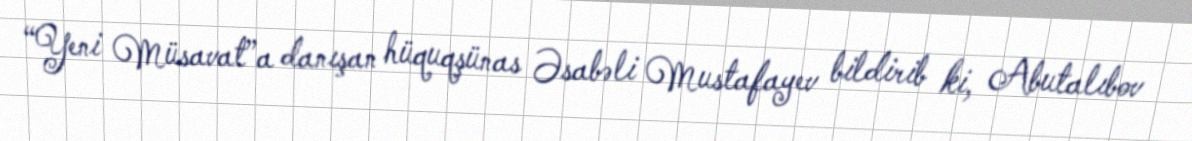
“Yeni Müsavat”a danışan hüquqşünas Əsabəli Mustafayev bildirib ki, Abutalıbov